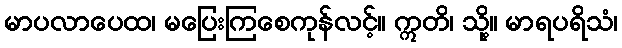
မာပလာပေထ၊ မပြေးကြစေကုန်လင့်။ ဣတိ၊ သို့။ မာရပရိသံ၊